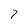
Character: 7